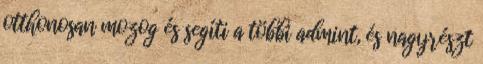
otthonosan mozog és segíti a többi admint, és nagyrészt